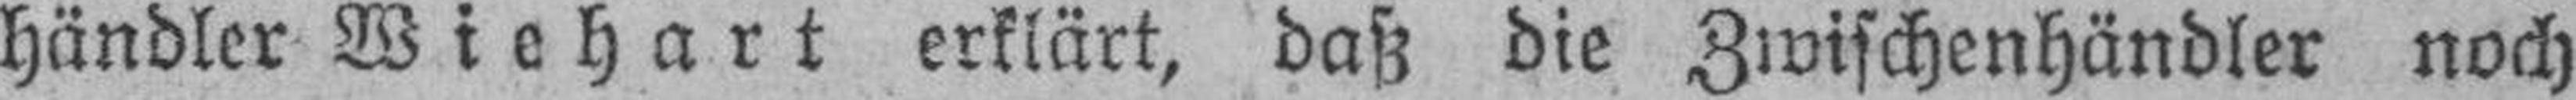
händler Wiehart erklärt, daß die Zwischenhändler noch